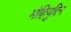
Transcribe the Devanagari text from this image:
मोहियुद्दिन